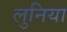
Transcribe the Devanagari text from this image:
लुनिया